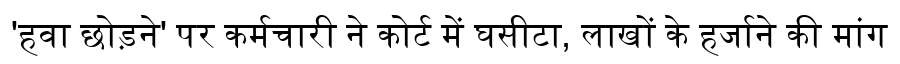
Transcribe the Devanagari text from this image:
'हवा छोड़ने' पर कर्मचारी ने कोर्ट में घसीटा, लाखों के हर्जाने की मांग